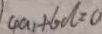
4 a _ { 1 } + 6 d = 0